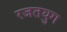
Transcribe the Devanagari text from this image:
रजतयुग